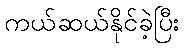
ကယ်ဆယ်နိုင်ခဲ့ပြီး